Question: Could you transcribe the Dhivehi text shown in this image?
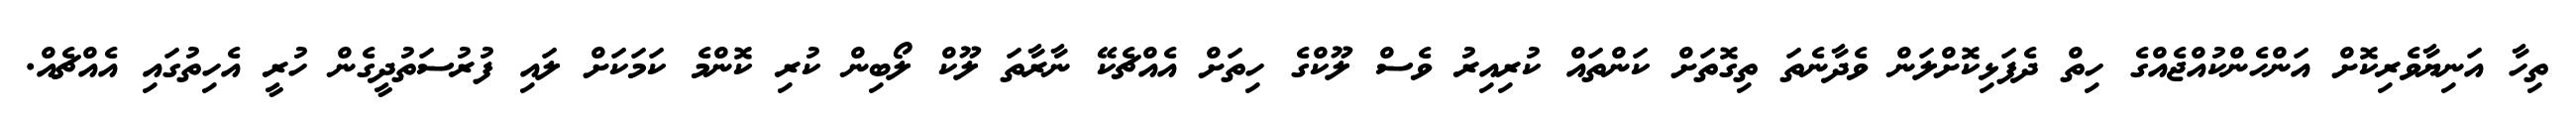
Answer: ތިހާ އަނިޔާވެރިކޮށް އަންހެންކުއްޖެއްގެ ހިތް ދެފަޅިކޮށްލަން ވެދާނެތަ ތިގޮތަށް ކަންތައް ކުރިއިރު ވެސް ލޫކްގެ ހިތަށް އެއްޗެކޭ ނާރާތަ ލޫކް ލޯބިން ކުރި ކޮންމެ ކަމަކަށް ލައި ފުރުސަތުދީގެން ހުރީ އެހިތުގައި އެއްޗެއް.